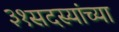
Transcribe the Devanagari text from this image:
३१सदस्यांच्या